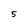
Character: 5